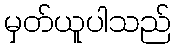
မှတ်ယူပါသည်